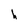
Character: h